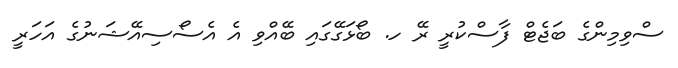
ސްވިމިންގެ ބަޖެޓް ފާސްކުރީ ރޭ ހ. ބޯޅަގޭގައި ބޭއްވި އެ އެސޯސިއޭޝަނުގެ އަހަރީ